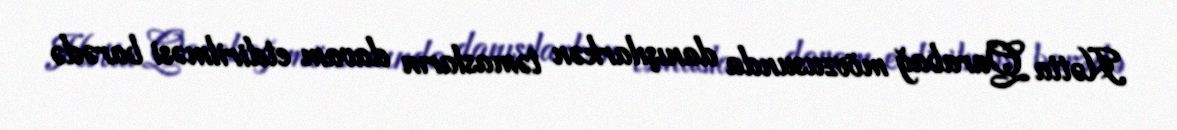
Hətta Qarabağ mövzusunda danışılarkən təmasların davam etdirilməsi barədə